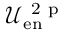
\mathcal { U } _ { \mathrm { e n } } ^ { \mathrm { ~ 2 ~ p ~ } }